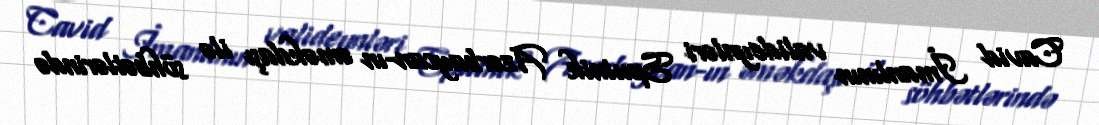
Cavid İmanlının valideynləri Sputnik Azərbaycan-ın əməkdaşı ilə söhbətlərində